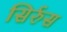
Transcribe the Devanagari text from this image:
सिर्रुस